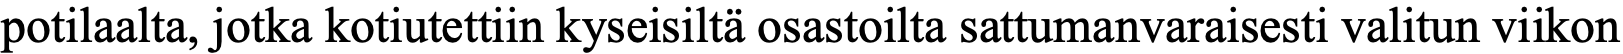
potilaalta, jotka kotiutettiin kyseisiltä osastoilta sattumanvaraisesti valitun viikon